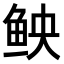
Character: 𫚐